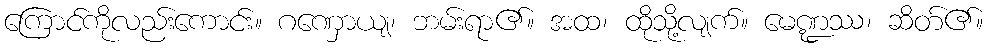
ကြောင်ကိုလည်းကောင်း။ ဂဏှောယျ၊ ဘမ်းရာ၏။ အထ၊ ထိုသို့လျက်။ မေဏ္ဍဿ၊ ဆိတ်၏။